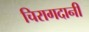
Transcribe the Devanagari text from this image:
चिरागदानी